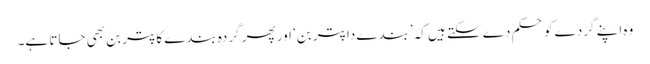
وہ اپنے گردے کو حکم دے سکتے ہیں کہ ’بندے دا پتر بن‘ اور پھر گردہ بندے کا پتر بن بھی جاتا ہے۔